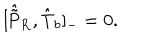
[ \hat { \tilde { \mathrm { P } } } _ { \mathrm { R } } , \hat { \mathrm { T } } _ { b } ] _ { - } = 0 .